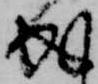
成